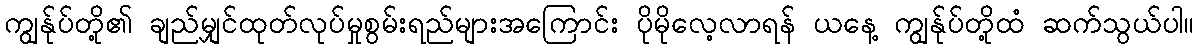
ကျွန်ုပ်တို့၏ ချည်မျှင်ထုတ်လုပ်မှုစွမ်းရည်များအကြောင်း ပိုမိုလေ့လာရန် ယနေ့ ကျွန်ုပ်တို့ထံ ဆက်သွယ်ပါ။